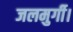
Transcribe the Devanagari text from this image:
जलमुर्गी।